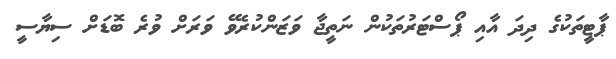
ޕާޓީތަކުގެ ދިދަ އާއި ޕޯސްޓަރުތަކުން ނަތީޖާ ވަޒަންކުރެވޭ ވަރަށް ވުރެ ބޮޑަށް ސިޔާސީ